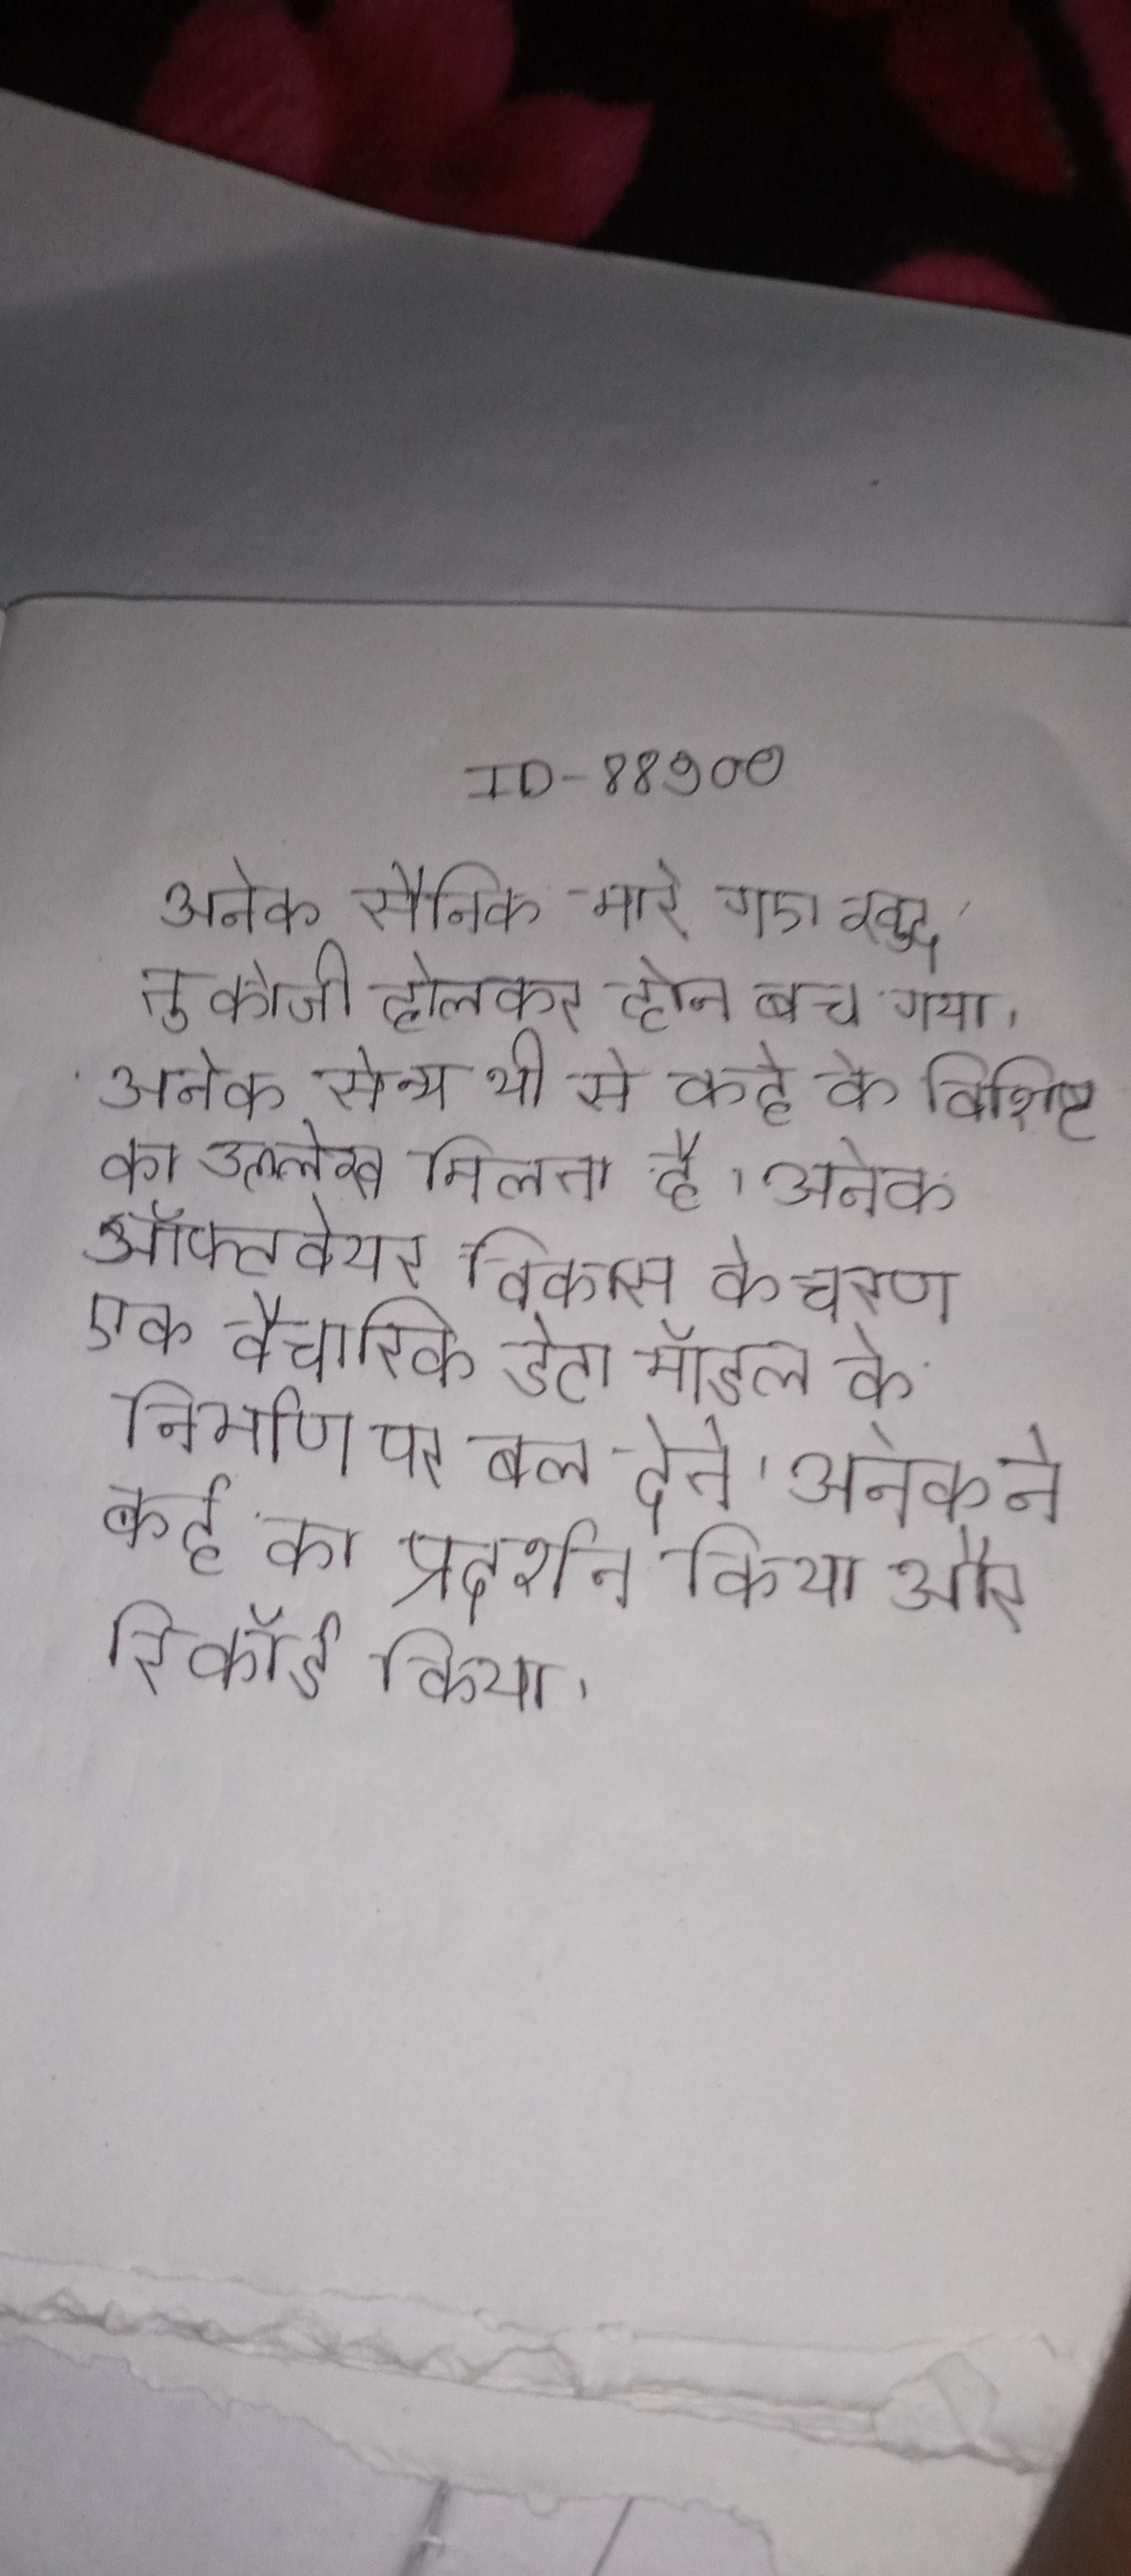
अनेक सैनिक मारे गए खुद तुकोजी होलकर होने से बच गया । अनेक सैन्य थी से कई के विशिष्ट का उल्लेख मिलता है । अनेक सॉफ्टवेयर विकास के चरण एक वैचारिक डेटा मॉडल के निर्माण पर बल देते । अनेक ने कई का प्रदर्शन किया और रिकॉर्ड किया ।